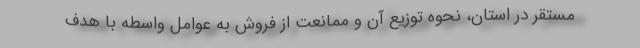
مستقر در استان، نحوه توزیع آن و ممانعت از فروش به عوامل واسطه با هدف